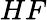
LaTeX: HF